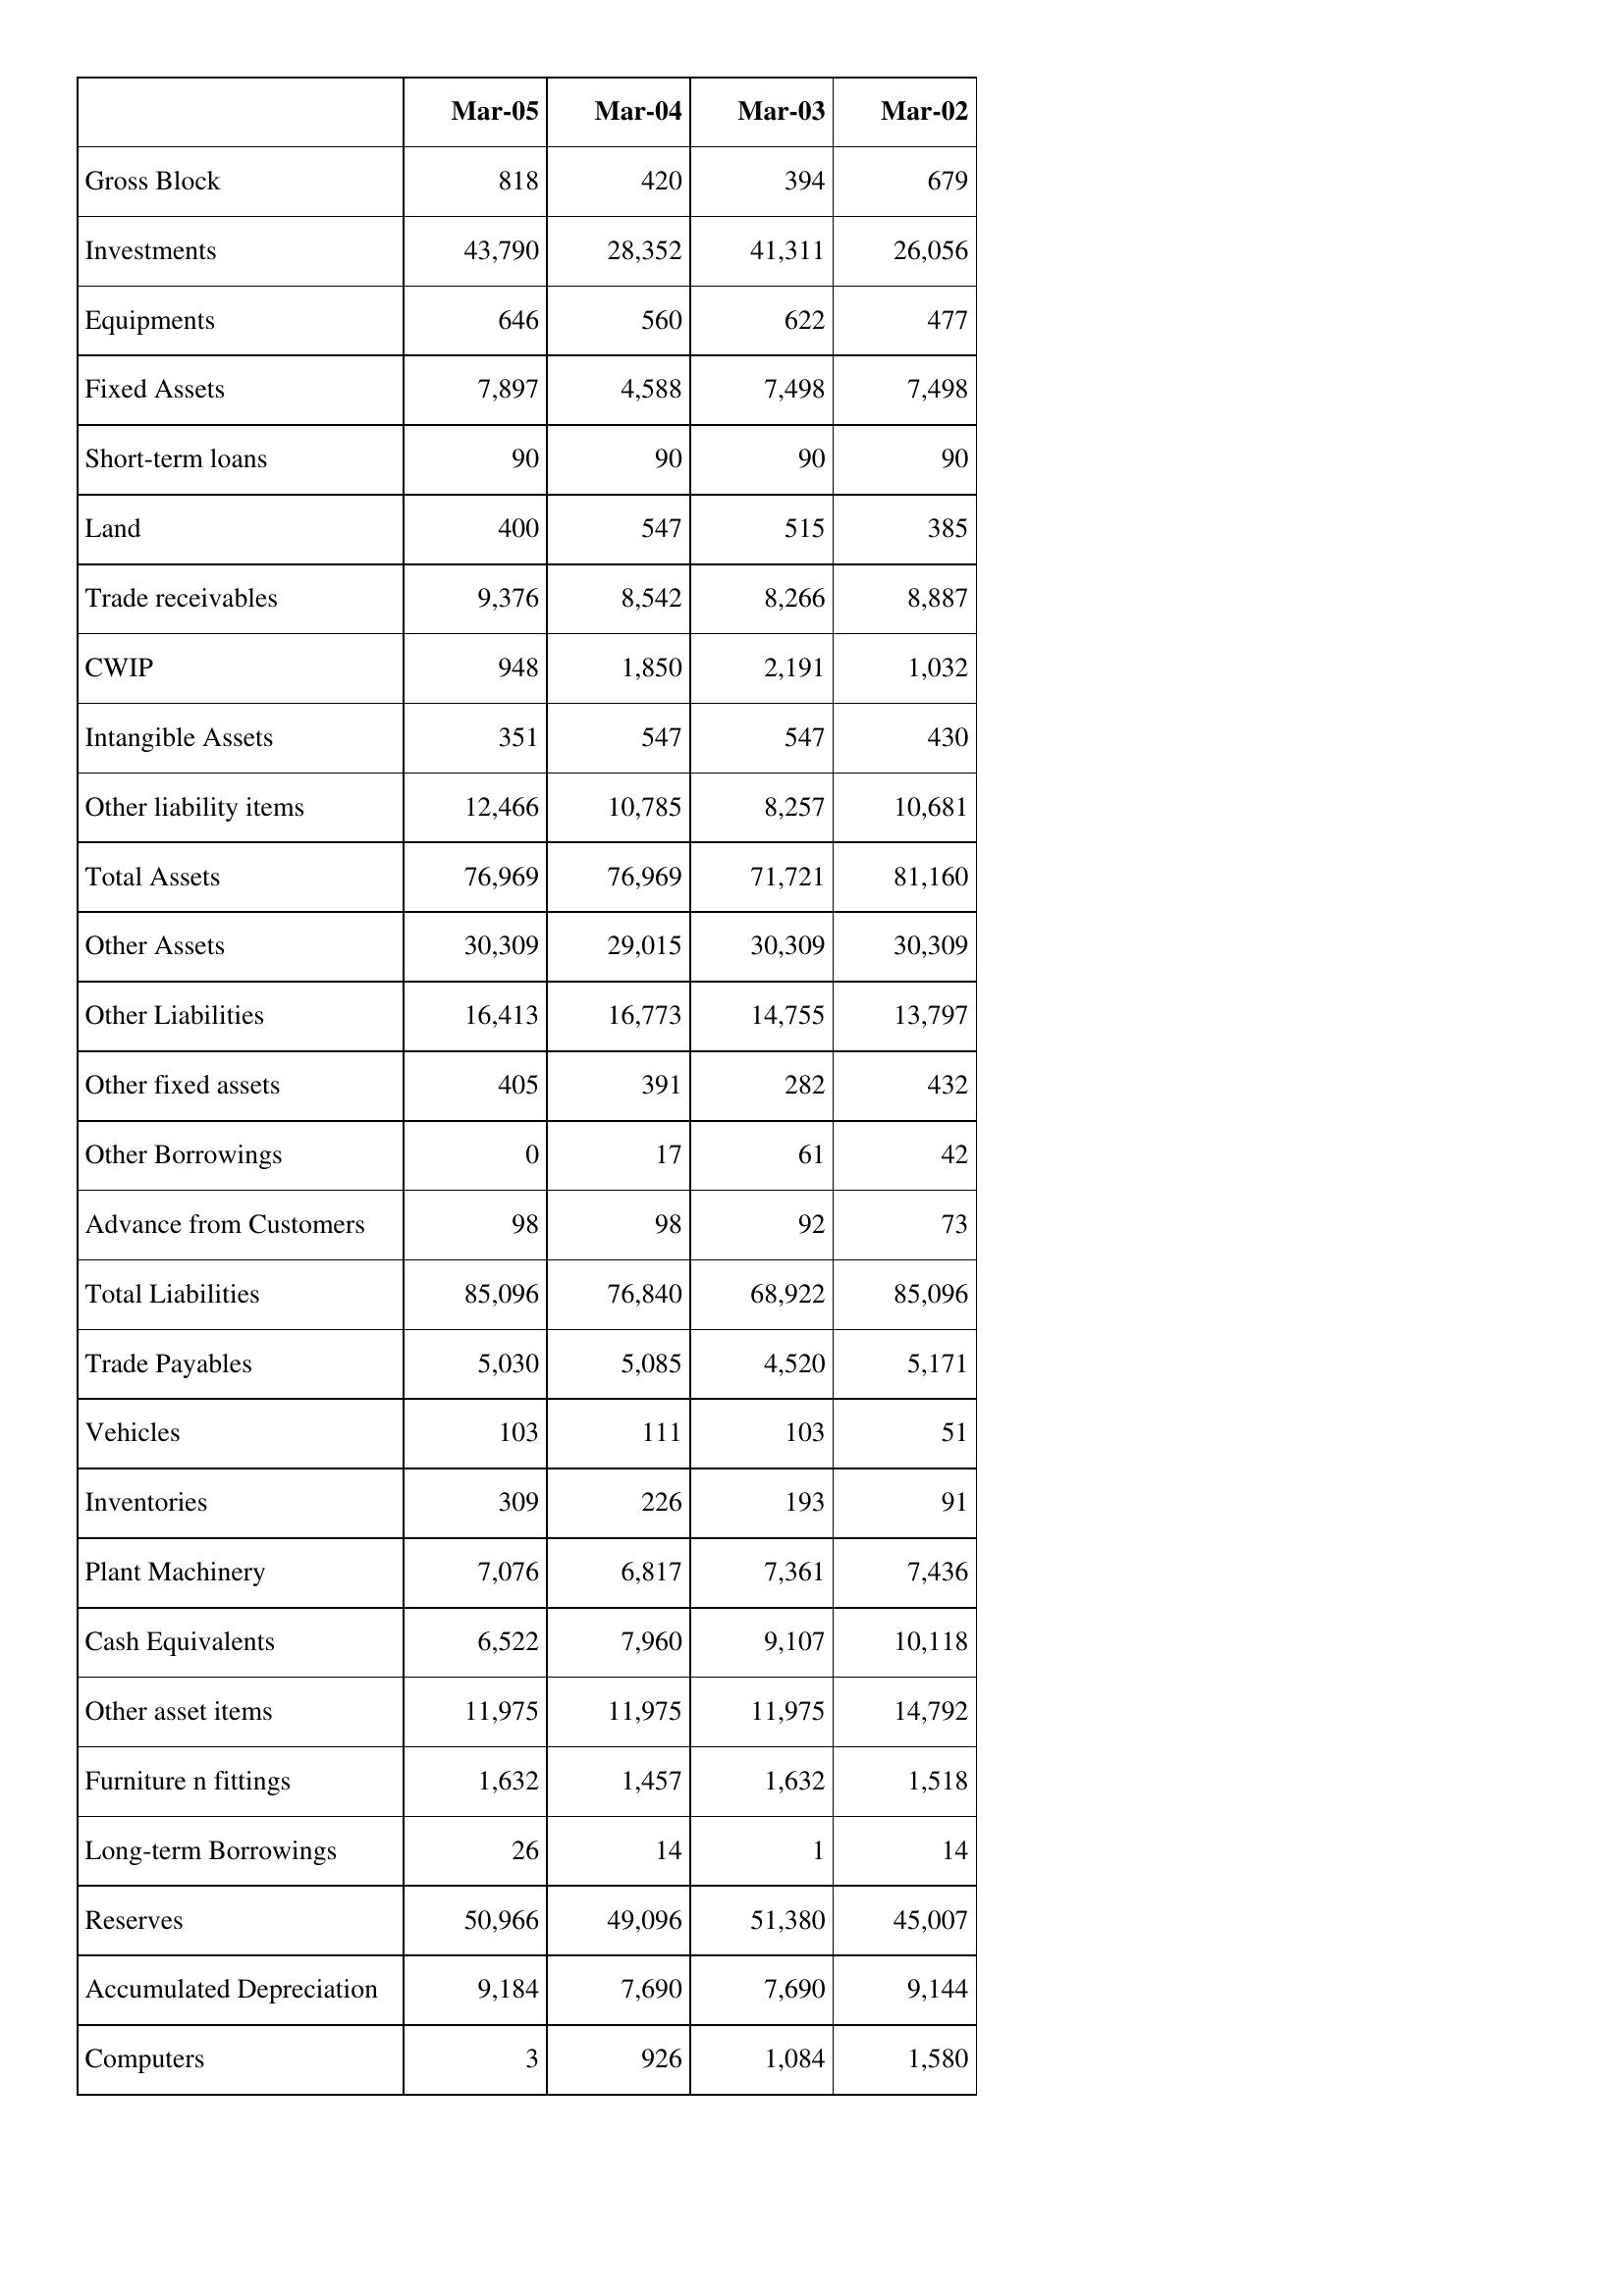
Mar-05: Balance Sheet: Gross Block: 818
Investments: 43,790
Equipments: 646
Fixed Assets: 7,897
Short-term loans: 90
Land: 400
Trade receivables: 9,376
CWIP: 948
Intangible Assets: 351
Other liability items: 12,466
Total Assets: 76,969
Other Assets: 30,309
Other Liabilities: 16,413
Other fixed assets: 405
Other Borrowings: 0
Advance from Customers: 98
Total Liabilities: 85,096
Trade Payables: 5,030
Vehicles: 103
Inventories: 309
Plant Machinery: 7,076
Cash Equivalents: 6,522
Other asset items: 11,975
Furniture n fittings: 1,632
Long-term Borrowings: 26
Reserves: 50,966
Accumulated Depreciation: 9,184
Computers: 3
Mar-04: Balance Sheet: Gross Block: 420
Investments: 28,352
Equipments: 560
Fixed Assets: 4,588
Short-term loans: 90
Land: 547
Trade receivables: 8,542
CWIP: 1,850
Intangible Assets: 547
Other liability items: 10,785
Total Assets: 76,969
Other Assets: 29,015
Other Liabilities: 16,773
Other fixed assets: 391
Other Borrowings: 17
Advance from Customers: 98
Total Liabilities: 76,840
Trade Payables: 5,085
Vehicles: 111
Inventories: 226
Plant Machinery: 6,817
Cash Equivalents: 7,960
Other asset items: 11,975
Furniture n fittings: 1,457
Long-term Borrowings: 14
Reserves: 49,096
Accumulated Depreciation: 7,690
Computers: 926
Mar-03: Balance Sheet: Gross Block: 394
Investments: 41,311
Equipments: 622
Fixed Assets: 7,498
Short-term loans: 90
Land: 515
Trade receivables: 8,266
CWIP: 2,191
Intangible Assets: 547
Other liability items: 8,257
Total Assets: 71,721
Other Assets: 30,309
Other Liabilities: 14,755
Other fixed assets: 282
Other Borrowings: 61
Advance from Customers: 92
Total Liabilities: 68,922
Trade Payables: 4,520
Vehicles: 103
Inventories: 193
Plant Machinery: 7,361
Cash Equivalents: 9,107
Other asset items: 11,975
Furniture n fittings: 1,632
Long-term Borrowings: 1
Reserves: 51,380
Accumulated Depreciation: 7,690
Computers: 1,084
Mar-02: Balance Sheet: Gross Block: 679
Investments: 26,056
Equipments: 477
Fixed Assets: 7,498
Short-term loans: 90
Land: 385
Trade receivables: 8,887
CWIP: 1,032
Intangible Assets: 430
Other liability items: 10,681
Total Assets: 81,160
Other Assets: 30,309
Other Liabilities: 13,797
Other fixed assets: 432
Other Borrowings: 42
Advance from Customers: 73
Total Liabilities: 85,096
Trade Payables: 5,171
Vehicles: 51
Inventories: 91
Plant Machinery: 7,436
Cash Equivalents: 10,118
Other asset items: 14,792
Furniture n fittings: 1,518
Long-term Borrowings: 14
Reserves: 45,007
Accumulated Depreciation: 9,144
Computers: 1,580